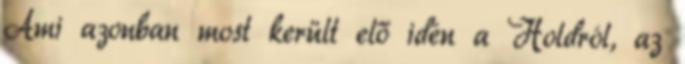
Ami azonban most került elő idén a Holdról, az